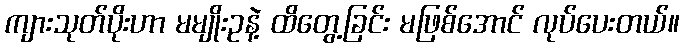
ကျားသုတ်ပိုးဟာ မမျိုးဥနဲ့ ထိတွေ့ခြင်း မဖြစ်အောင် လုပ်ပေးတယ်။